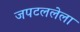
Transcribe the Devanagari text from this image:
जपटललेला